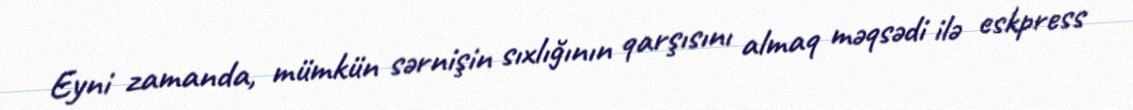
Eyni zamanda, mümkün sərnişin sıxlığının qarşısını almaq məqsədi ilə eskpress